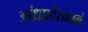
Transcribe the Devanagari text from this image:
आंध्रप्रदेशातले